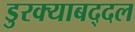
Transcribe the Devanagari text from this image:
डुरक्याबद्दल